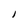
Character: l